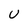
Character: U